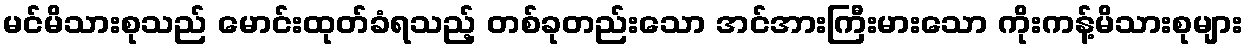
မင်မိသားစုသည် မောင်းထုတ်ခံရသည့် တစ်ခုတည်းသော အင်အားကြီးမားသော ကိုးကန့်မိသားစုများ